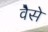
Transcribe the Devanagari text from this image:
वैेसे